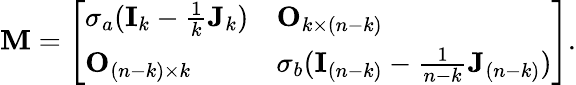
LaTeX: \begin{array}{r}{\mathbf{M}=\left[\begin{array}{ll}{\sigma_{a}(\mathbf I_{k}-\frac 1k\mathbf J_{k})}&{\mathbf O_{k\times(n-k)}}\\ {\mathbf O_{(n-k)\times k}}&{\sigma_{b}(\mathbf I_{(n-k)}-\frac{1}{n-k}\mathbf J_{(n-k)})}\end{array}\right].}\end{array}